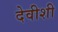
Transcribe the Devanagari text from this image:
देवीशी